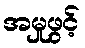
အမှုဖွင့်